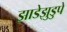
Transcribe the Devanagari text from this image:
झाडेझुडुपे